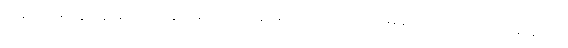
တစ်ခါမှမပြဖူးဘူးခင်ဗျာ၊ ကျွန်တော်က အမေ့ကို အသက်အာမခံလဲ လုပ်ထားတာဆိုတော့